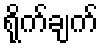
ရိုက်ချက်